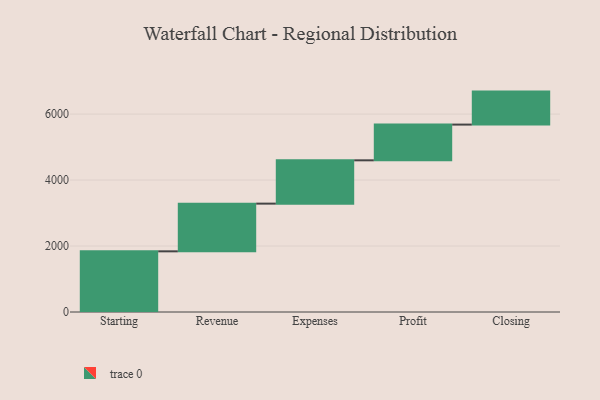
{"axis": {"x": "Step", "y": "Value"}, "legend": [""], "data": [{"x": "Starting", "y": 1839.0, "type": ""}, {"x": "Revenue", "y": 1446.0, "type": ""}, {"x": "Expenses", "y": 1313.0, "type": ""}, {"x": "Profit", "y": 1083.0, "type": ""}, {"x": "Closing", "y": 1000, "type": ""}]}